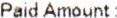
PAID AMOUNT :